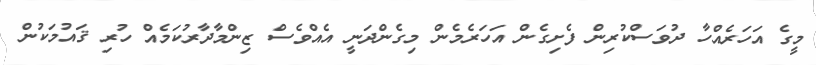
މީގެ އަހަރެއްހާ ދުވަސްކުރިން ފެށިގެން އަހަރެމެން މިގެންދަނީ އެއްވެސް ޒިންމާދާރުކަމެއް ހުރި ޤައުމަކުން